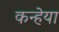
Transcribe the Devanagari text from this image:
कन्हेया